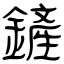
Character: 鏟